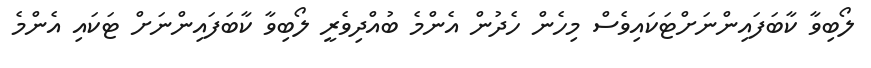
ލޯބިވާ ކާބަފައިންނަށްޓަކައިވެސް މިހެން ހެދުން އެންމެ ބުއްދިވެރީ ލޯބިވާ ކާބަފައިންނަށް ޓަކައި އެންމެ